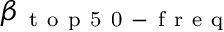
\beta _ { \mathrm { ~ t ~ o ~ p ~ 5 ~ 0 ~ - ~ f ~ r ~ e ~ q ~ } }